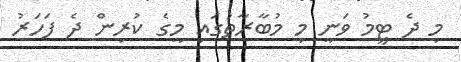
މި ދެ ޓީމު ވަނީ މި މުބާރާތުގައި މީގެ ކުރިން ދެ ފަހަރު